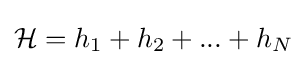
{\mathcal {H}}=h_{1}+h_{2}+...+h_{N}